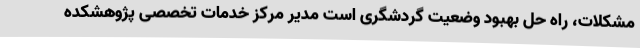
مشکلات، راه‌ حل بهبود وضعیت گردشگری است مدیر مرکز خدمات تخصصی پژوهشکده